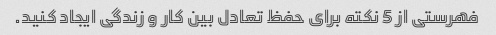
فهرستی از 5 نکته برای حفظ تعادل بین کار و زندگی ایجاد کنید.